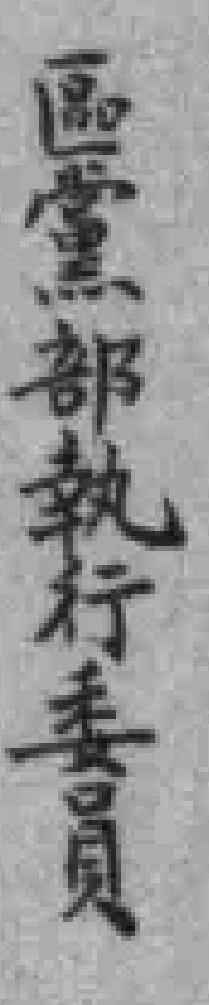
區黨部執行委員